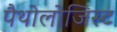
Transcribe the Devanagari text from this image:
पैथोलोजिस्ट